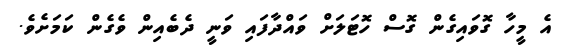
އެ މީހާ ގޮވައިގެން ގޮސް ހޮޓަލަށް ވައްދާފައި ވަނީ ދެބެއިން ވެގެން ކަމަށެވެ.